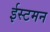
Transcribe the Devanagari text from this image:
ईस्टमन